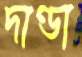
দাণ্ডা